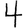
Digit: 4